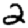
Digit: 2